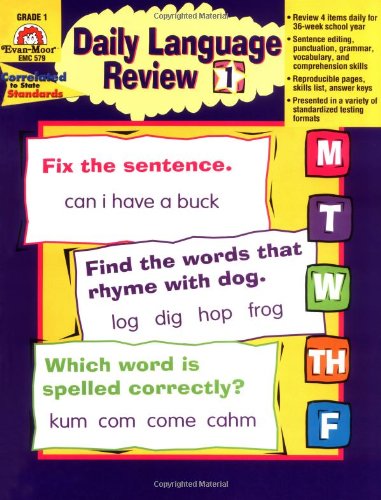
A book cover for Daily Language Review, Grade 1; Evan Moor; Reference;